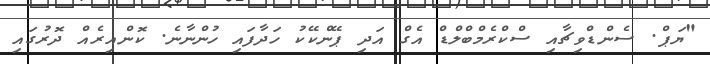
"ޔަޕް. ސެންޑްވިޗާއި ސްކްރެމްބްލްޑް އެގް އަދި ޕޭންކޭކު ހަދާފައި ހުންނާނެ. ކޮންއިރެއް ދޮރުގައި